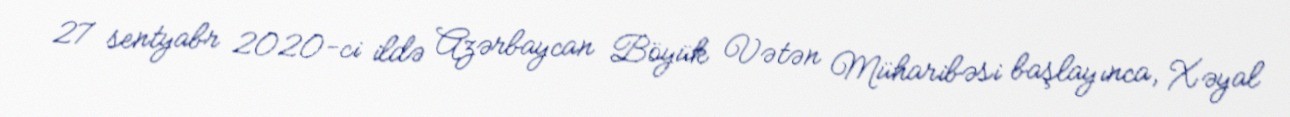
27 sentyabr 2020-ci ildə Azərbaycan Böyük Vətən Müharibəsi başlayınca, Xəyal